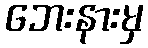
ဘေးနားမှ